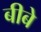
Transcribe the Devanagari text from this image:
बीबे